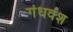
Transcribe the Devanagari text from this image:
गंधवंश